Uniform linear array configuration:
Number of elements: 24
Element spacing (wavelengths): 0.75
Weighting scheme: uniform
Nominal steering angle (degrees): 45
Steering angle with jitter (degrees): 46.405
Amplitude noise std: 0.05
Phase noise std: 0.05

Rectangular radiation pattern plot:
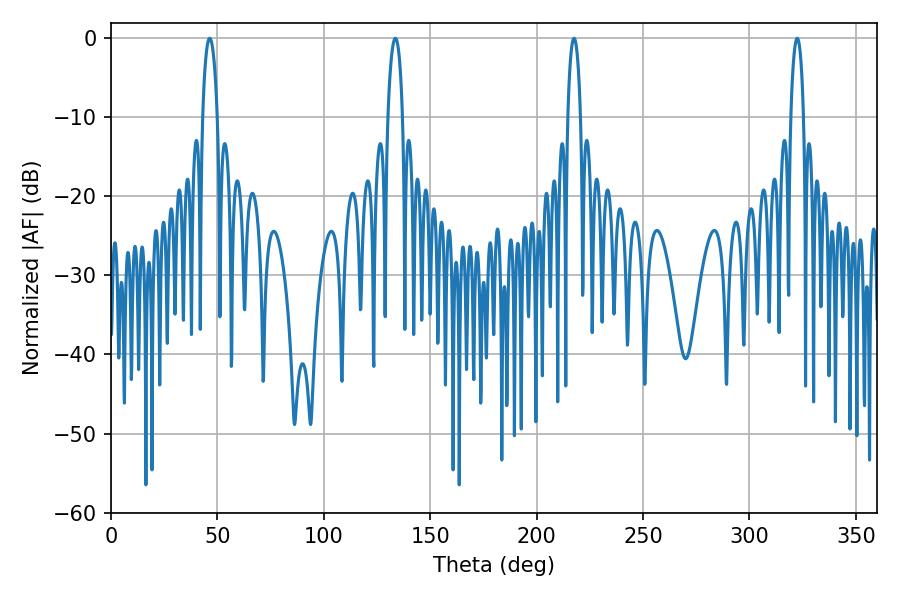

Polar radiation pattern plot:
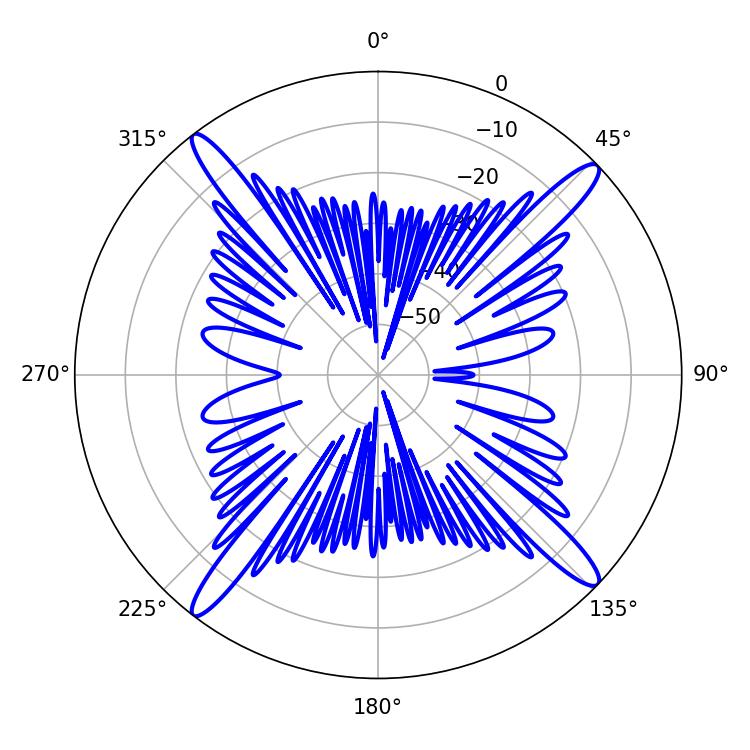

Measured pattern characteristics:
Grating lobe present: TRUE
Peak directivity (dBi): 18.251
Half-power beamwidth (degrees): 3.96
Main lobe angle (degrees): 133.56